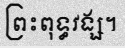
ព្រះពុទ្ធវង្ស។